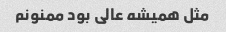
مثل همیشه عالی بود ممنونم